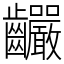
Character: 䶫